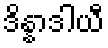
ဒိန္နာဒါယီ